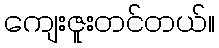
ကျေးဇူးတင်တယ်။